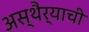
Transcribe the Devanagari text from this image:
अस्थैर्याची